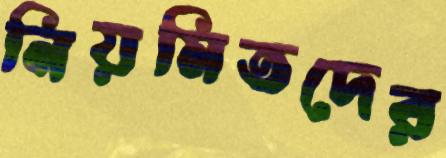
নিয়মিতদের